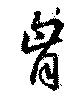
胸